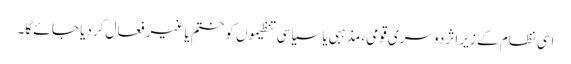
اسی نظام کے زیر اثر دوسری قومی، مذہبی یا سیاسی تنظیموں کو ختم یا غیر فعال کردیا جا ئے گا۔